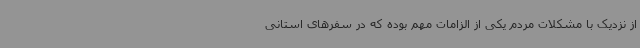
از نزدیک با مشکلات مردم یکی از الزامات مهم بوده که در سفرهای استانی